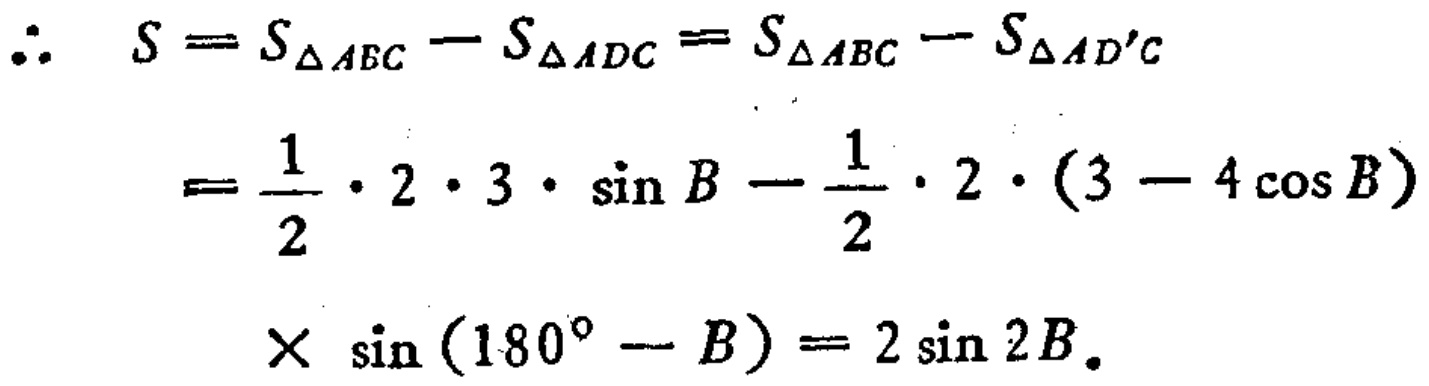
\(\therefore S = S_{\triangle ABC}-S_{\triangle ADC}=S_{\triangle ABC}-S_{\triangle AD'C}\)

\(=\frac{1}{2}\cdot 2\cdot 3\cdot \sin B-\frac{1}{2}\cdot 2\cdot (3 - 4\cos B)\)

\(\times \sin(180^{\circ}-B)=2\sin 2B\)